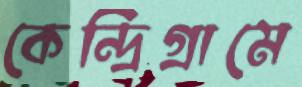
কেন্দ্রিগ্রামে